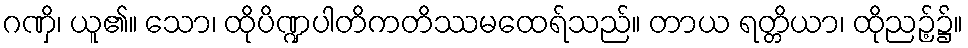
ဂဏှိ၊ ယူ၏။ သော၊ ထိုပိဏ္ဍပါတိကတိဿမထေရ်သည်။ တာယ ရတ္တိယာ၊ ထိုညဉ့်၌။